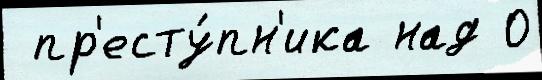
 пр'есту́пн'ика над 0